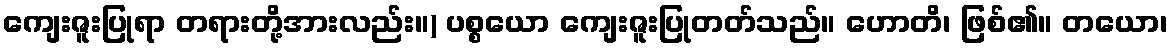
ကျေးဇူးပြုရာ တရားတို့အားလည်း။) ပစ္စယော ကျေးဇူးပြုတတ်သည်။ ဟောတိ၊ ဖြစ်၏။ တယော၊